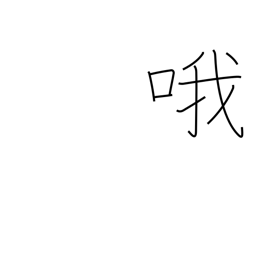
Meaning: sing